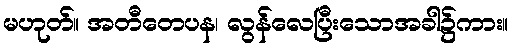
မဟုတ်။ အတီတေပန၊ လွန်လေပြီးသောအခါ၌ကား။